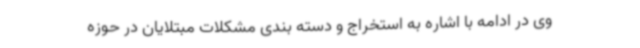
وی در ادامه با اشاره به استخراج و دسته بندی مشکلات مبتلایان در حوزه